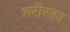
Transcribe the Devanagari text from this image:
शरीरका